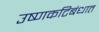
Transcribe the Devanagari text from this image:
उष्णकटिबंधात